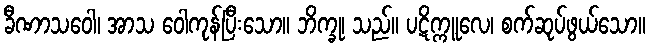
ခီဏာသဝေါ၊ အာသ ဝေါကုန်ပြီးသော။ ဘိက္ခု၊ သည်။ ပဋိက္ကူလေ၊ စက်ဆုပ်ဖွယ်သော။